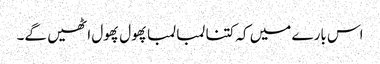
اس بارے میں کہ کتنا لمبا لمبا پھول پھول اٹھیں گے۔